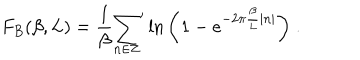
F _ { B } ( \beta , L ) = \frac { 1 } { \beta } { \sum _ { n \in { \bf Z } } } ^ { \prime } \ln { \left( 1 - e ^ { - 2 \pi \frac { \beta } { L } | n | } \right) } \; .